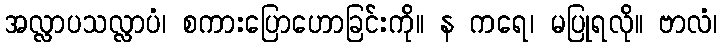
အလ္လာပသလ္လာပံ၊ စကားပြောဟောခြင်းကို။ န ကရေ၊ မပြုရလို။ ဗာလံ၊